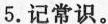
5.记常识。